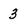
Character: 3